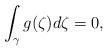
LaTeX: \begin{align*}{\displaystyle \int_{\gamma}g(\zeta)d\zeta}=0,\end{align*}